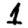
Digit: 1